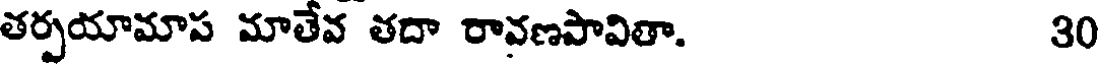
తర్పయామాప మాతేవ తదా రావణపావితా. 30